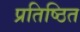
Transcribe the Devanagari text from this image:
प्रतिष्‍ठित